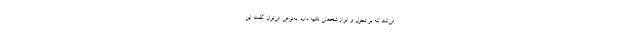
می‌کند که بر تحول و ابراز شخصی تکیه دارد. به‌نوعی می‌توان گفت این